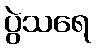
ပွဲသရေ